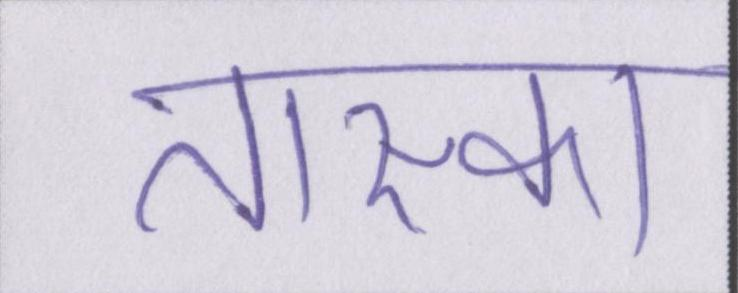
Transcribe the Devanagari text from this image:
तास्का